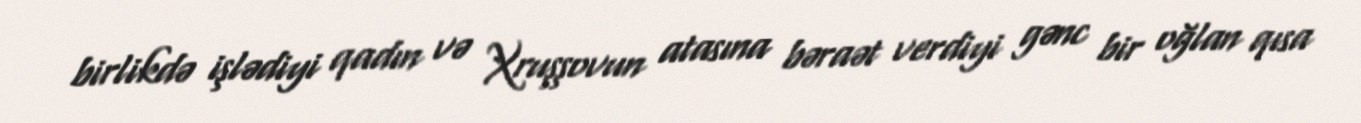
birlikdə işlədiyi qadın və Xruşşovun atasına bəraət verdiyi gənc bir oğlan qısa